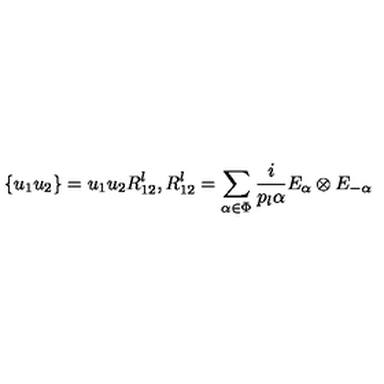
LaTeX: \{ u _ { 1 } u _ { 2 } \} = u _ { 1 } u _ { 2 } R _ { 1 2 } ^ { l } , R _ { 1 2 } ^ { l } = \sum _ { \alpha \in \Phi } { \frac { i } { p _ { l } \alpha } } E _ { \alpha } \otimes E _ { - \alpha }